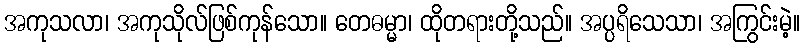
အကုသလာ၊ အကုသိုလ်ဖြစ်ကုန်သော။ တေဓမ္မာ၊ ထိုတရားတို့သည်။ အပ္ပရိသေသာ၊ အကြွင်းမဲ့။